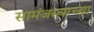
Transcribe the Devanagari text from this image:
सामंजस्याच्या